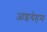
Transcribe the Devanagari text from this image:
आइयेहम